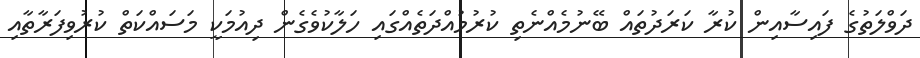
ދަވްލަތުގެ ފައިސާއިން ކުރާ ކަރަދުތައް ބޭނުމެއްނެތި ކުރުމުއްދަތެއްގައި ހަލާކުވެގެން ދިއުމަކީ މަސައްކަތް ކުރުވިފަރާތާއި